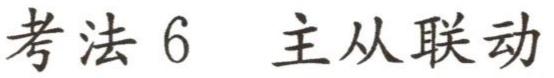
考法 6  主从联动